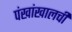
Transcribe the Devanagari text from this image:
पंखांखालची